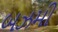
બઝમી